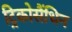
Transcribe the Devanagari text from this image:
ट्रिकोसैंथिन